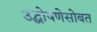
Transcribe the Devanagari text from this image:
उद्घोषणेसोबत